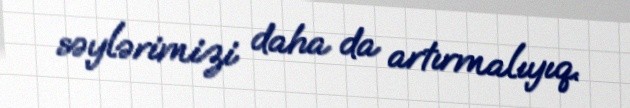
səylərimizi daha da artırmalıyıq.